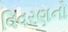
વિવરણનો